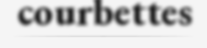
courbettes